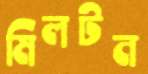
মিলটন